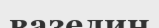
вазелин